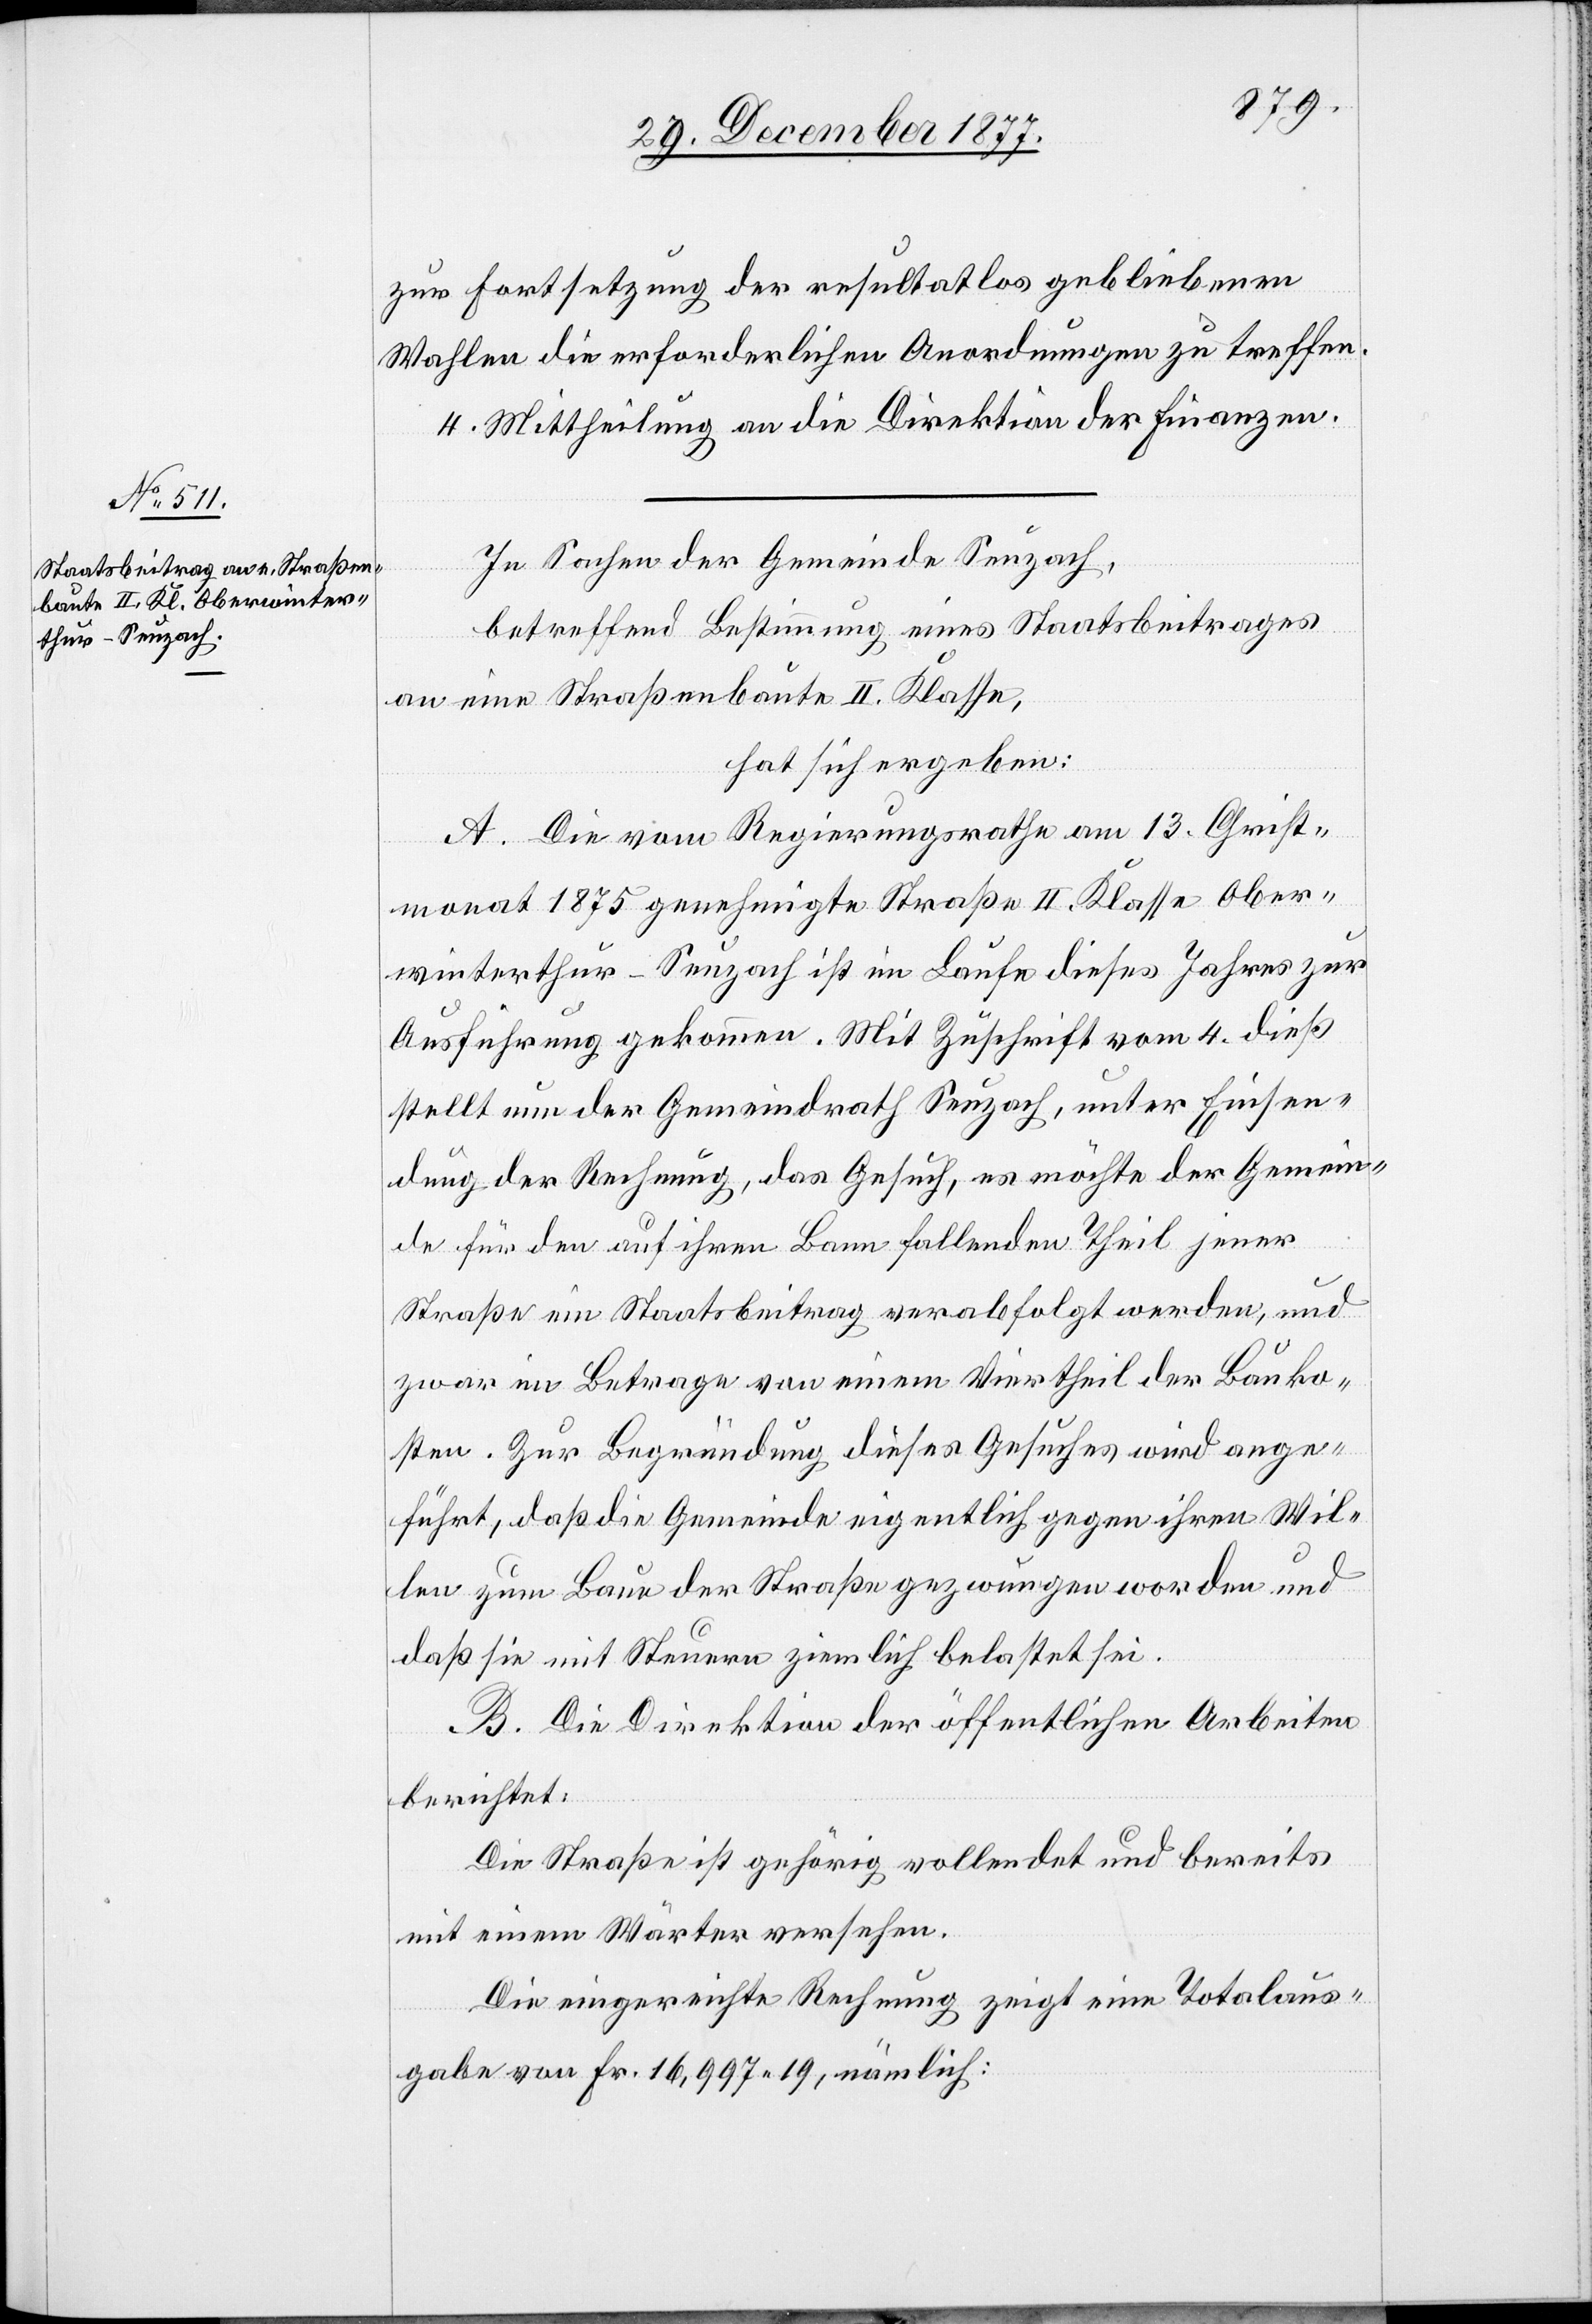
zur Fortsetzung der resultatlos gebliebenen
Wahlen die erforderlichen Anordnungen zu treffen.
4. Mittheilung an die Direktion der Finanzen.
In Sachen der Gemeinde Seuzach,
betreffend Bestimmung eines Staatsbeitrages
an eine Straßenbaute II. Klasse,
hat sich ergeben:
A. Die vom Regierungsrathe am 13. Christ¬
monat 1875 genehmigte Straße II. Klasse Ober¬
winterthur–Seuzach ist im Laufe dieses Jahres zur
Ausführung gekommen. Mit Zuschrift vom 4. dieß
stellt nun der Gemeindrath Seuzach, unter Einsen¬
dung der Rechnung, das Gesuch, es möchte der Gemein¬
de für den auf ihren Bann fallenden Theil jener
Straße ein Staatsbeitrag verabfolgt werden, und
zwar im Betrage von einem Viertheil der Bauko¬
sten. Zur Begründung dieses Gesuches wird ange¬
führt, daß die Gemeinde eigentlich gegen ihren Wil¬
len zum Baue der Straße gezwungen worden und
daß sie mit Steuern ziemlich belastet sei.
B. Die Direktion der öffentlichen Arbeiten
berichtet:
Die Straße ist gehörig vollendet und bereits
mit einem Wärter versehen.
Die eingereichte Rechnung zeigt eine Totalaus¬
gabe von Fr. 16,997 19, nämlich: